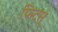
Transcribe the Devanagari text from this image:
फिटस्‌